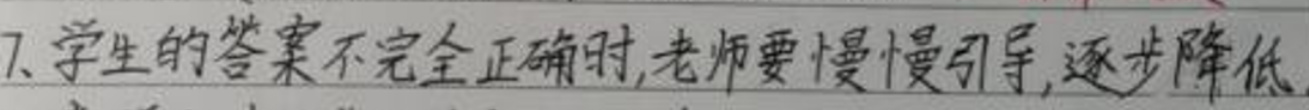
7. 学生的答案不完全正确时,老师要慢慢引导,逐步降低